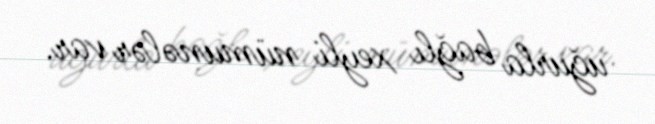
uğurla bağlı xeyli nümunələr var.